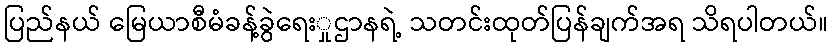
ပြည်နယ် မြေယာစီမံခန့်ခွဲရေးှုဌာနရဲ့ သတင်းထုတ်ပြန်ချက်အရ သိရပါတယ်။